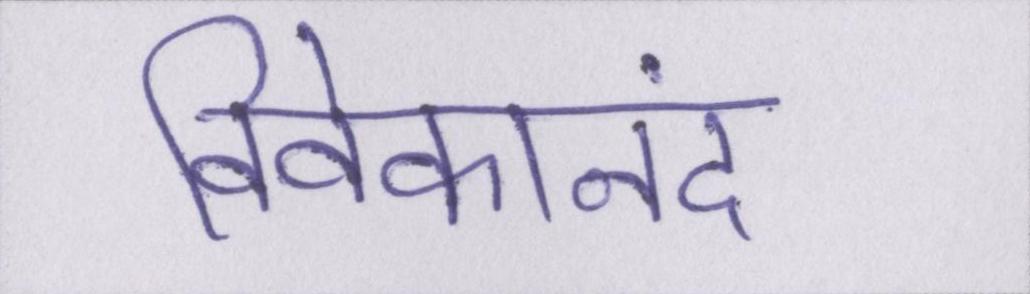
विवेकानंद